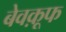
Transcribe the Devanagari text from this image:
बेवक़ूफ